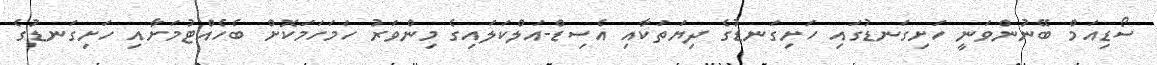
ސޯޑިއަމް ބޭނުންވަނީ ހަށިގަނޑުގައި ހަށިގަނޑުގެ ދިޔަތަކާއި އެސިޑް-އަލްކަލައިގެ މިންވަރު ހަމަހަމަކޮށް ބެހެއްޓުމަށާއި ހަށިގަނޑުގެ